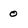
Character: 0